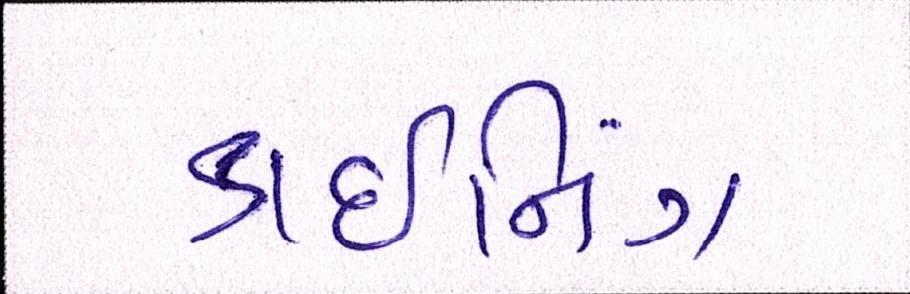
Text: ડાઈનિંગ